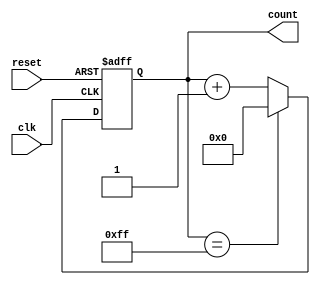
module CascadedCounter(
    input wire clk,
    input wire reset,
    output reg [7:0] count
);

reg [7:0] count1;
reg [7:0] count2;

always @ (posedge clk or posedge reset) begin
    if (reset) begin
        count1 <= 8'b0;
        count2 <= 8'b0;
    end else begin
        if (count1 == 8'b11111111) begin
            count1 <= 8'b0;
            count2 <= count2 + 1;
        end else if (count2 == 8'b11111111) begin
            count1 <= count1 + 1;
            count2 <= 8'b0;
        end else begin
            count1 <= count1 + 1;
        end
    end
end

assign count = {count2, count1};

endmodule